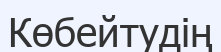
Көбейтудің